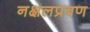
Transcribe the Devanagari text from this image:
नक्षलप्रवण